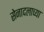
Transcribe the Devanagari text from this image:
सेनादलाच्या